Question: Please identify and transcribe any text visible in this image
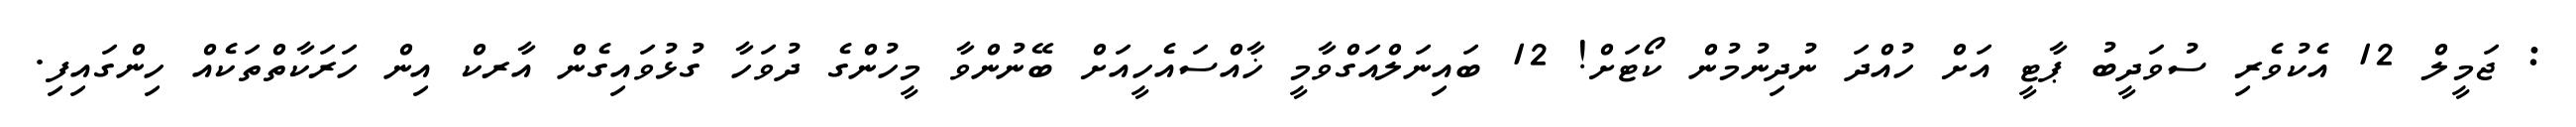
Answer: : ޖަމީލް 12 އެކުވެރި ސުވަދީބު ޕާޓީ އަށް ހުއްދަ ނުދިނުމުން ކޯޓަށް! 12 ބައިނަލްއަގްވާމީ ޚާއްސައެހީއަށް ބޭނުންވާ މީހުންގެ ދުވަހާ ގުޅުވައިގެން އާރކް އިން ހަރަކާތްތަކެއް ހިންގައިފި.